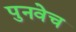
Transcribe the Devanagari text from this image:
पुनवेच